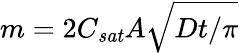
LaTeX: m=2C_{\mathit{sat}}A\sqrt{Dt/\pi}